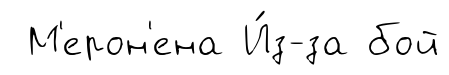
М'ерон'ена И́з-за бой